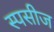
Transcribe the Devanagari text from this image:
स्पसीज